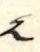
2